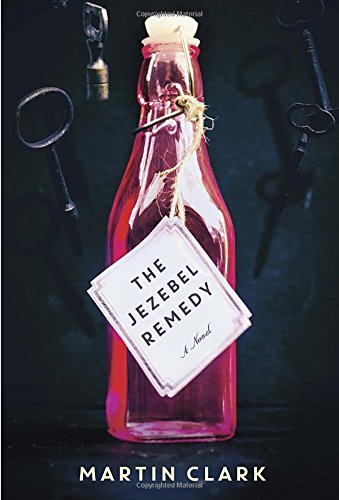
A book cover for The Jezebel Remedy: A novel; Martin Clark; Mystery, Thriller & Suspense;